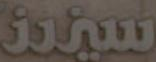
سيندز